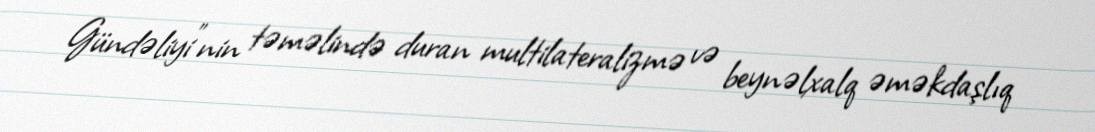
Gündəliyi”nin təməlində duran multilateralizmə və beynəlxalq əməkdaşlıq